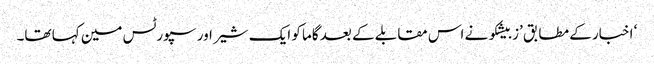
‘ اخبار کے مطابق ’زبیشکو نے اس مقابلے کے بعد گاما کو ایک شیر اور سپورٹس مین کہا تھا۔